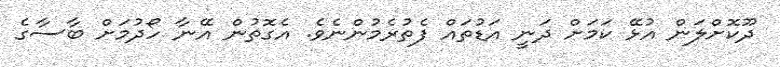
ދޫކޮށްލަން އުޅޭ ކަމަށް ދަނީ އަޑުތައް ފެތުރެމުންނެވެ. އެގޮތުން އޭނާ ހޯދުމަށް ބާސާގެ